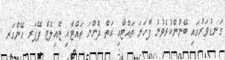
ގަނޑުވަރުގައި ބޭނުންކުރެވުނު ފާހަނަ ތައްޓާއި އަތް ދޮންނަ ތައްޓާއި ޓޮއިލެޓް ޕޭޕަރ ހޭންގަރ